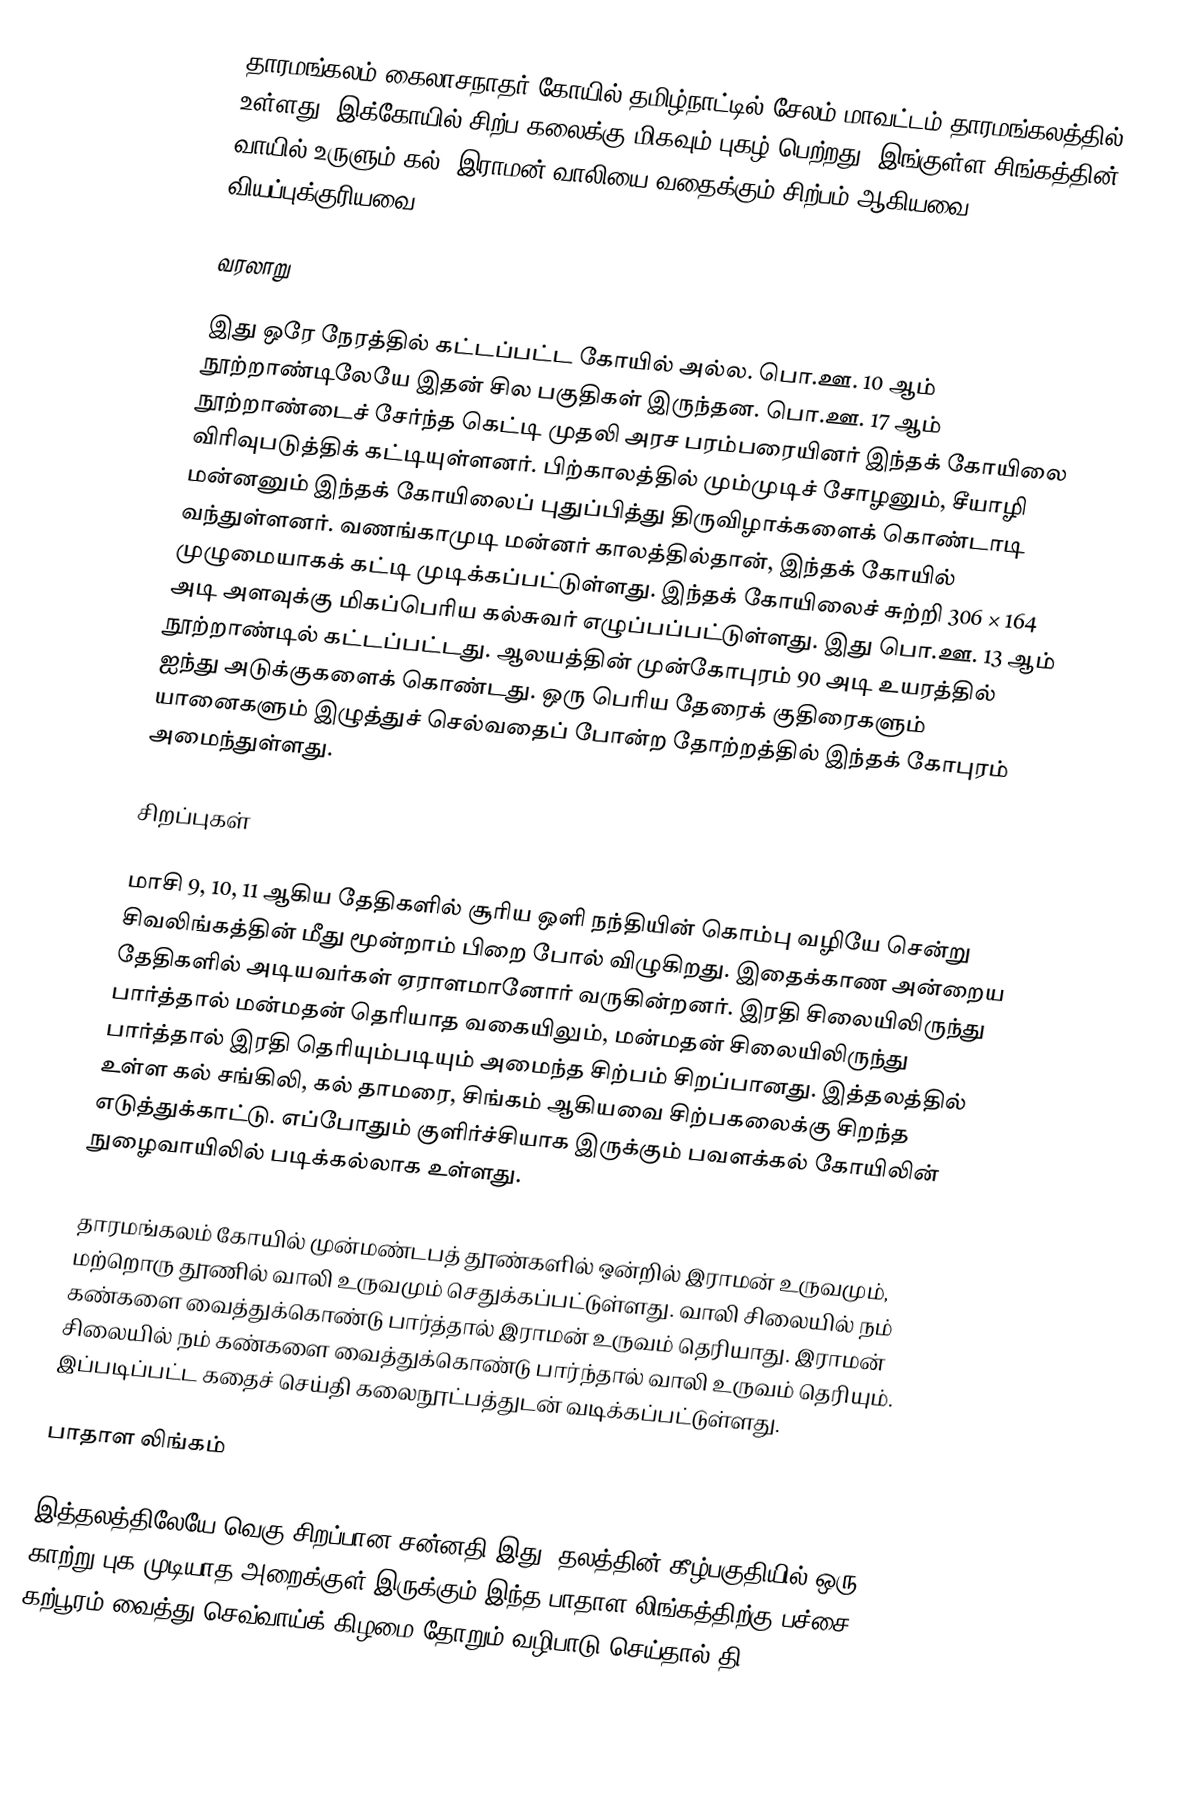
தாரமங்கலம் கைலாசநாதர் கோயில் தமிழ்நாட்டில் சேலம் மாவட்டம் தாரமங்கலத்தில் உள்ளது. இக்கோயில் சிற்ப கலைக்கு மிகவும் புகழ் பெற்றது. இங்குள்ள சிங்கத்தின் வாயில் உருளும் கல், இராமன் வாலியை வதைக்கும் சிற்பம் ஆகியவை வியப்புக்குரியவை.

வரலாறு

இது ஒரே நேரத்தில் கட்டப்பட்ட கோயில் அல்ல. பொ.ஊ. 10 ஆம் நூற்றாண்டிலேயே இதன் சில பகுதிகள் இருந்தன. பொ.ஊ. 17 ஆம் நூற்றாண்டைச் சேர்ந்த கெட்டி முதலி அரச பரம்பரையினர் இந்தக் கோயிலை விரிவுபடுத்திக் கட்டியுள்ளனர். பிற்காலத்தில் மும்முடிச் சோழனும், சீயாழி மன்னனும் இந்தக் கோயிலைப் புதுப்பித்து திருவிழாக்களைக் கொண்டாடி வந்துள்ளனர். வணங்காமுடி மன்னர் காலத்தில்தான், இந்தக் கோயில் முழுமையாகக் கட்டி முடிக்கப்பட்டுள்ளது. இந்தக் கோயிலைச் சுற்றி 306 × 164 அடி அளவுக்கு மிகப்பெரிய கல்சுவர் எழுப்பப்பட்டுள்ளது. இது பொ.ஊ. 13 ஆம் நூற்றாண்டில் கட்டப்பட்டது. ஆலயத்தின் முன்கோபுரம் 90 அடி உயரத்தில் ஐந்து அடுக்குகளைக் கொண்டது. ஒரு பெரிய தேரைக் குதிரைகளும் யானைகளும் இழுத்துச் செல்வதைப் போன்ற தோற்றத்தில் இந்தக் கோபுரம் அமைந்துள்ளது.

சிறப்புகள்

மாசி 9, 10, 11 ஆகிய தேதிகளில் சூரிய ஒளி நந்தியின் கொம்பு வழியே சென்று சிவலிங்கத்தின் மீது மூன்றாம் பிறை போல் விழுகிறது. இதைக்காண அன்றைய தேதிகளில் அடியவர்கள் ஏராளமானோர் வருகின்றனர். இரதி சிலையிலிருந்து பார்த்தால் மன்மதன் தெரியாத வகையிலும், மன்மதன் சிலையிலிருந்து பார்த்தால் இரதி தெரியும்படியும் அமைந்த சிற்பம் சிறப்பானது. இத்தலத்தில் உள்ள கல் சங்கிலி, கல் தாமரை, சிங்கம் ஆகியவை சிற்பகலைக்கு சிறந்த எடுத்துக்காட்டு. எப்போதும் குளிர்ச்சியாக இருக்கும் பவளக்கல்  கோயிலின் நுழைவாயிலில் படிக்கல்லாக உள்ளது.

தாரமங்கலம் கோயில் முன்மண்டபத் தூண்களில் ஒன்றில் இராமன் உருவமும், மற்றொரு தூணில் வாலி உருவமும் செதுக்கப்பட்டுள்ளது. வாலி சிலையில் நம் கண்களை வைத்துக்கொண்டு பார்த்தால் இராமன் உருவம் தெரியாது. இராமன் சிலையில் நம் கண்களை வைத்துக்கொண்டு பார்ந்தால் வாலி உருவம் தெரியும். இப்படிப்பட்ட கதைச் செய்தி கலைநூட்பத்துடன் வடிக்கப்பட்டுள்ளது.

பாதாள லிங்கம்

இத்தலத்திலேயே வெகு சிறப்பான சன்னதி இது. தலத்தின் கீழ்பகுதியில் ஒரு காற்று புக முடியாத அறைக்குள் இருக்கும் இந்த பாதாள லிங்கத்திற்கு பச்சை கற்பூரம் வைத்து செவ்வாய்க் கிழமை தோறும் வழிபாடு செய்தால் தி